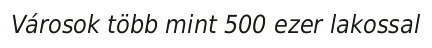
Városok több mint 500 ezer lakossal